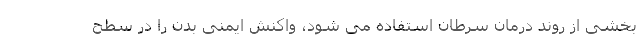
بخشی از روند درمان سرطان استفاده می شود، واکنش ایمنی بدن را در سطح